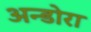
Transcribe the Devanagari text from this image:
अन्डोरा